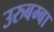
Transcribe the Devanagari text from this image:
उरुबम्बा